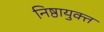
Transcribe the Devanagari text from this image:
निष्ठायुक्त